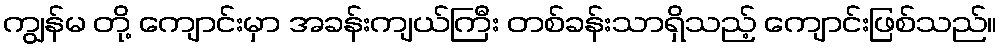
ကျွန်မ တို့ ကျောင်းမှာ အခန်းကျယ်ကြီး တစ်ခန်းသာရှိသည့် ကျောင်းဖြစ်သည်။